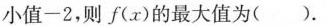
小值-2，则f(x)的最大值为( )。